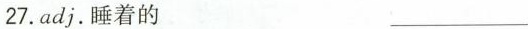
27. adj. 睡着的 ___